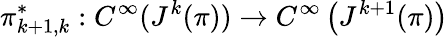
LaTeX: \pi_{k+1,k}^{*}:C^{\infty}(J^{k}(\pi))\to C^{\infty}\left(J^{k+1}(\pi)\right)